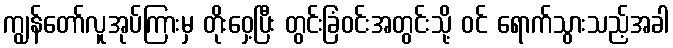
ကျွန်တော်လူအုပ်ကြားမှ တိုးဝှေ့ပြီး တွင်းခြံဝင်းအတွင်းသို့ ဝင် ရောက်သွားသည့်အခါ